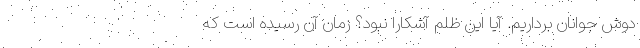
دوش جوانان برداریم. آیا این ظلم آشکارا نبود؟ زمان آن رسیده است که